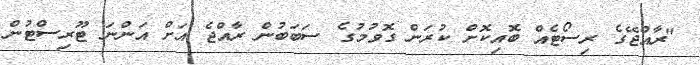
"ރާއްޖޭގެ ރިސޯޓެއް ބޮއިކޮށް ކުރަން ގޮވުމުގެ ސަބަބުން ރާއްޖެ އަށް އަންނަ ޓޫރިސްޓުން